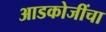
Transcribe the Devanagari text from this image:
आडकोजींचा